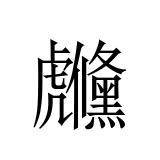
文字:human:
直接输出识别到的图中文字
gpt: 虪